65_HS1-834228961_62-HQ-83894_Serial_164
Agency: FBI
Page 39
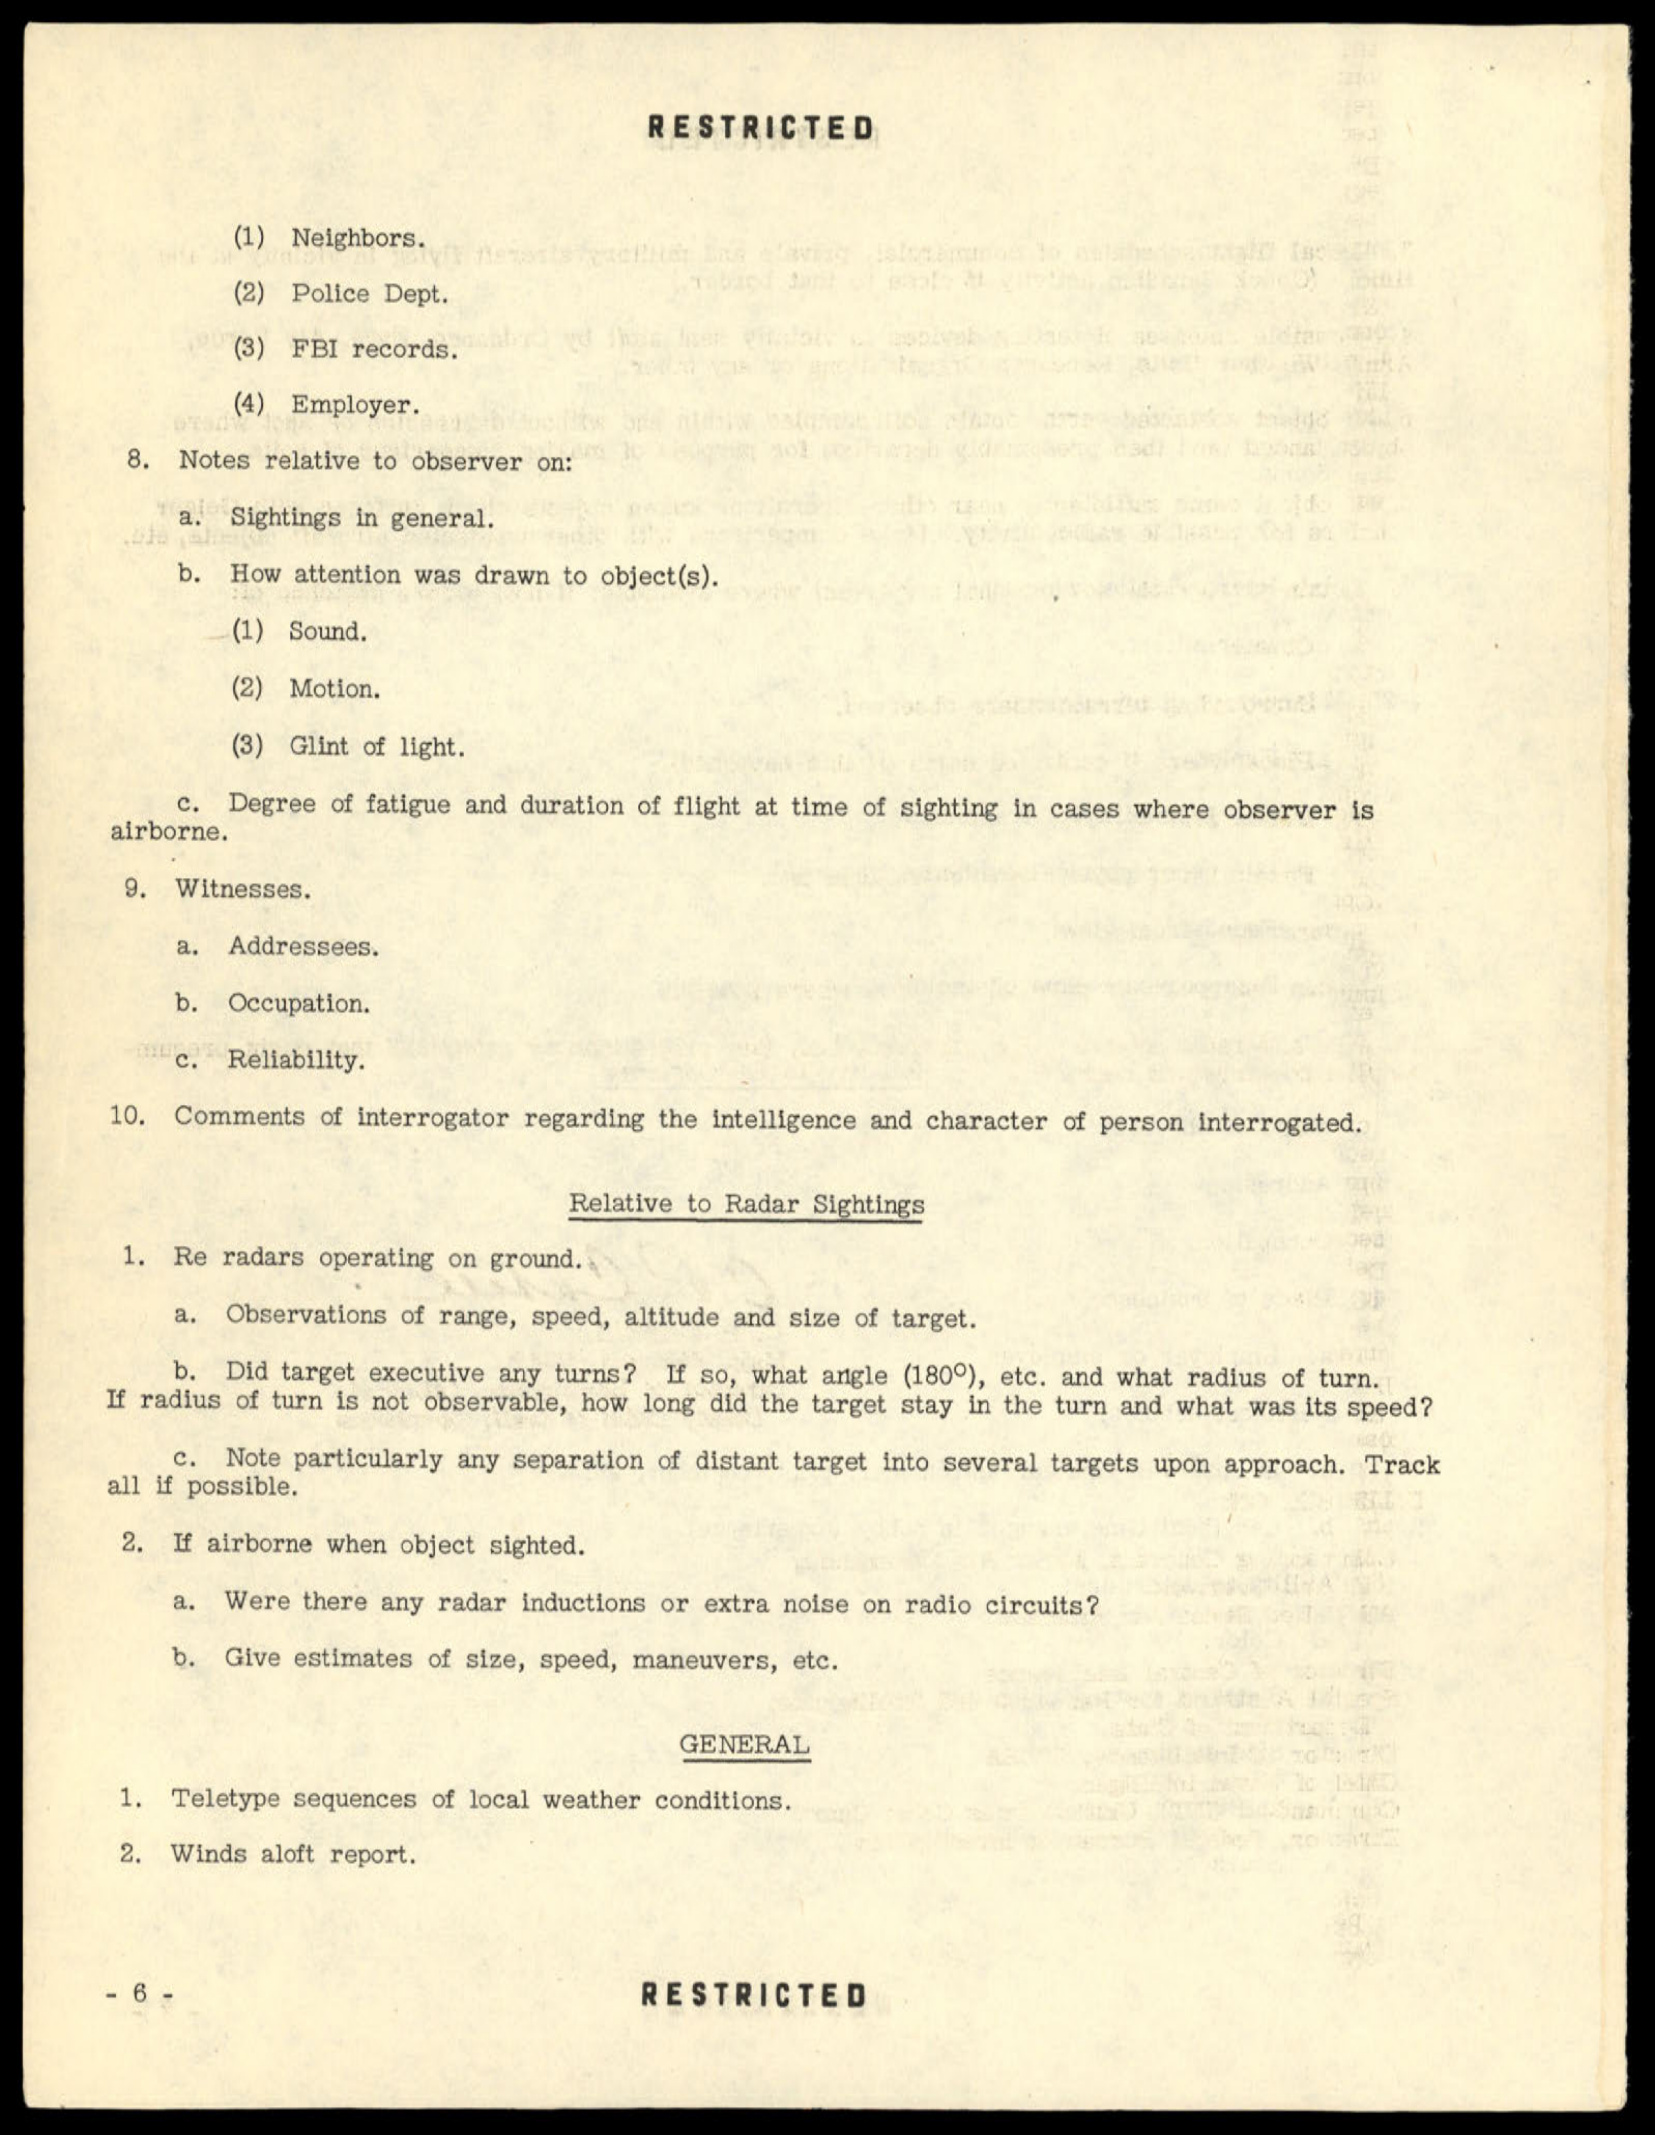